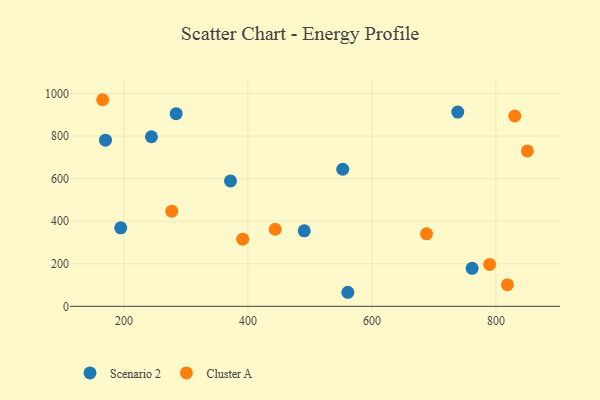
{"axis": {"x": "Ad Spend", "y": "Exam Score"}, "legend": ["Cluster A", "Scenario 2"], "data": [{"x": "170.3", "y": 780.5, "type": "Scenario 2"}, {"x": "194.9", "y": 368.8, "type": "Scenario 2"}, {"x": "490.9", "y": 354.7, "type": "Scenario 2"}, {"x": "561.2", "y": 66.1, "type": "Scenario 2"}, {"x": "553.0", "y": 644.0, "type": "Scenario 2"}, {"x": "371.9", "y": 589.2, "type": "Scenario 2"}, {"x": "284.3", "y": 905.1, "type": "Scenario 2"}, {"x": "244.4", "y": 796.7, "type": "Scenario 2"}, {"x": "761.7", "y": 178.8, "type": "Scenario 2"}, {"x": "738.5", "y": 912.7, "type": "Scenario 2"}, {"x": "818.6", "y": 101.5, "type": "Cluster A"}, {"x": "688.1", "y": 340.6, "type": "Cluster A"}, {"x": "850.8", "y": 730.1, "type": "Cluster A"}, {"x": "391.6", "y": 315.4, "type": "Cluster A"}, {"x": "789.9", "y": 196.7, "type": "Cluster A"}, {"x": "830.4", "y": 894.2, "type": "Cluster A"}, {"x": "277.2", "y": 447.0, "type": "Cluster A"}, {"x": "165.7", "y": 970.6, "type": "Cluster A"}, {"x": "444.1", "y": 362.2, "type": "Cluster A"}]}